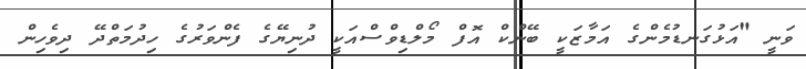
ވަނީ "އަޅުގަނޑުމެންގެ އަމާޒަކީ ބޭންކް އޮފް މޯލްޑިވްސްއަކީ ދުނިޔޭގެ ފެންވަރުގެ ހިދުމަތްދޭ ދިވެހިން